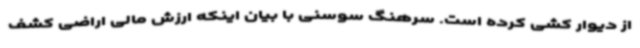
از دیوار کشی کرده است. سرهنگ سوسنی با بیان اینکه ارزش مالی اراضی کشف